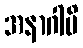
အနာဂါမိ